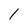
Character: I